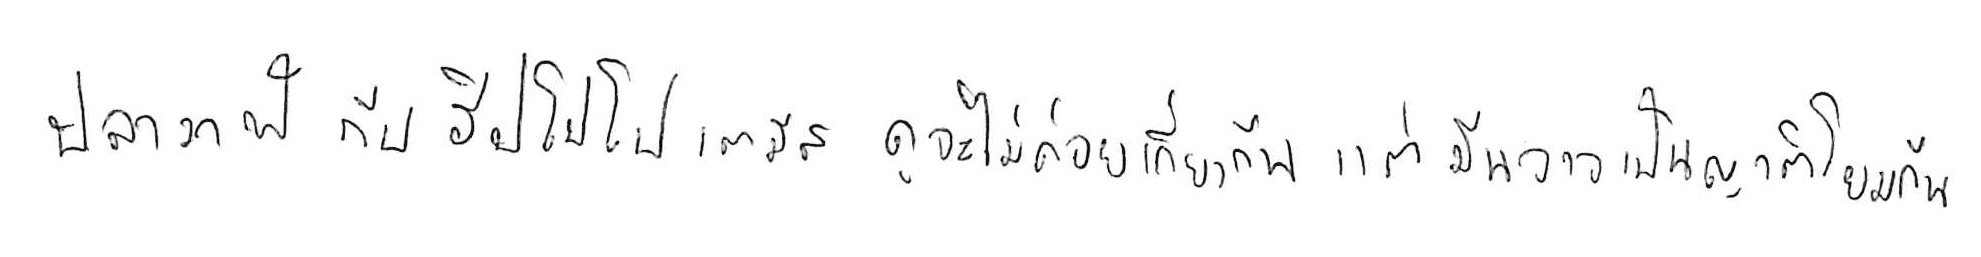
ปลาวาฬ กับ ฮิปโปโปเตมัส ดูจะไม่ค่อยเกี่ยวกัน แต่มันอาจเป็นญาติโยมกันอยู่